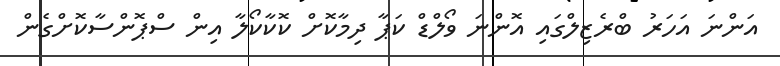
އަންނަ އަހަރު ބްރެޒިލްގައި އޮންނަ ވޯލްޑް ކަޕާ ދިމާކޮށް ކޮކާކޯލާ އިން ސްޕޮންސާކޮށްގެން